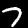
Digit: 7